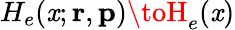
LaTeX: H_{e}(\mathit{x};{\mathbf{{r}}},{\mathbf{{p}}})\toH_{e}(\mathit{x})